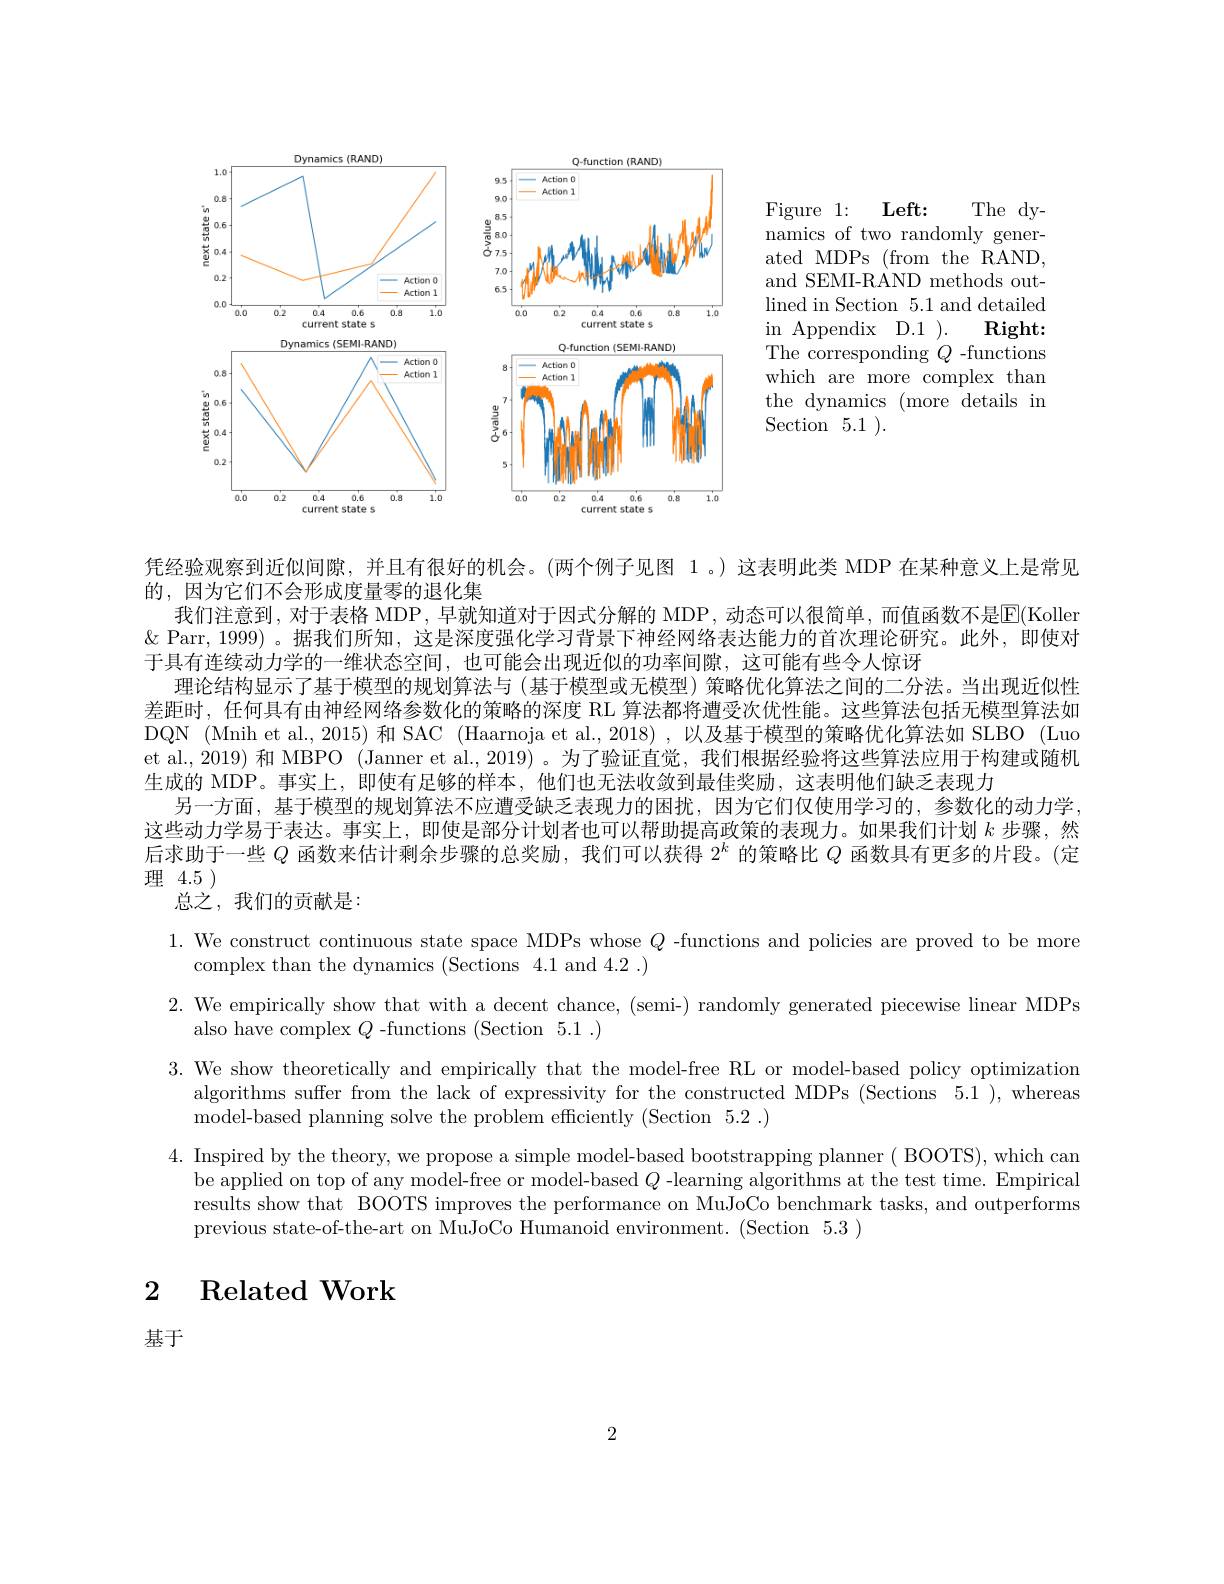
The dy-
${\mathrm{Figure}}$ 1: ${\mathrm{Left: }}$
namics of two randomly generated MDPs (from the RAND, and SEMI-RAND methods outlined in Section 5.1 and detailed in Appendix D.1 ).
Right:
The corresponding $Q$ -functions which are more complex than the dynamics (more details in Section 5.1 ).

Dynamics (RAND
Q-function(RAND)
<FigureHere>

凭经验观察到近似间隙，并且有很好的机会。(两个例子见图 1。) 这表明此类 MDP 在某种意义上是常见
的，因为它们不会形成度量零的退化集
我们注意到，对于表格 MDP, 早就知道对于因式分解的 MDP, 动态可以很简单，而值函数不是$\mathbb{E}($Koller & Qurr, 1999) 。据我们所知，这是深度强化学习背景下神经网络表达能力的首次理论研究。此外，即使对于具有连续动力学的一维状态空间，也可能会出现近似的功率间隙，这可能有些令人惊讶
理论结构显示了基于模型的规划算法与(基于模型或无模型)策略优化算法之间的二分法。当出现近似性差距时，任何具有由神经网络参数化的策略的深度 RL 算法都将遭受次优性能。这些算法包括无模型算法如DQN (Mnih et al., 2015) 和 SAC (Haarnoja et al., 2018) , 以及基于模型的策略优化算法如 SLBO (Luo et al., 2019) 和 MBPO (Janner et al., 2019) 。为了验证直觉，我们根据经验将这些算法应用于构建或随机生成的 MDP。事实上，即使有足够的样本，他们也无法收敛到最佳奖励，这表明他们缺乏表现力
另一方面，基于模型的规划算法不应遭受缺乏表现力的困扰，因为它们仅使用学习的，参数化的动力学， 这些动力学易于表达。事实上，即使是部分计划者也可以帮助提高政策的表现力。如果我们计划$k$步骤，然后求助于一些$Q$函数来估计剩余步骤的总奖励，我们可以获得$2^k$的策略比$Q$函数具有更多的片段。(定理4.5 )

总之，我们的贡献是：
1. We construct continuous state space MDPs whose $Q$ -functions and policies are proved to be more
complex than the dynamics (Sections 4.1 and 4.2 .)
2. We empirically show that with a decent chance, (semi-) randomly generated piecewise linear MDPs
also have complex $Q$ -functions (Section 5.1~.)
3. We show theoretically and empirically that the model-free RL or model-based policy optimization
algorithms suffer from the lack of expressivity for the constructed MDPs (Sections 5.1 ), whereas
model-based planning solve the problem efficiently (Section 5.2~.)
4. Inspired by the theory, we propose a simple model-based bootstrapping planner( BOOTS), which can
be applied on top of any model-free or model-based $Q$ -learning algorithms at the test time. Empirical results show that BOOTS improves the performance on MuJoCo benchmark tasks, and outperforms previous state-of-the-art on MuJoCo Humanoid environment. (Section 5.3)

$\begin{array}{cc}2&\text{Related Work}\end{array}$

基于

2